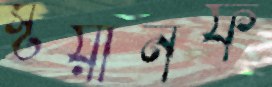
স্টয়ানফ